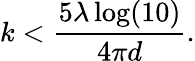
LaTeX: k<\frac{5\lambda\log(10)}{4\pi d}.